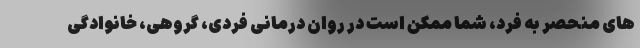
های منحصر به فرد، شما ممکن است در روان درمانی فردی، گروهی، خانوادگی